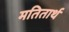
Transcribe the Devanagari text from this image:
मतितार्थ